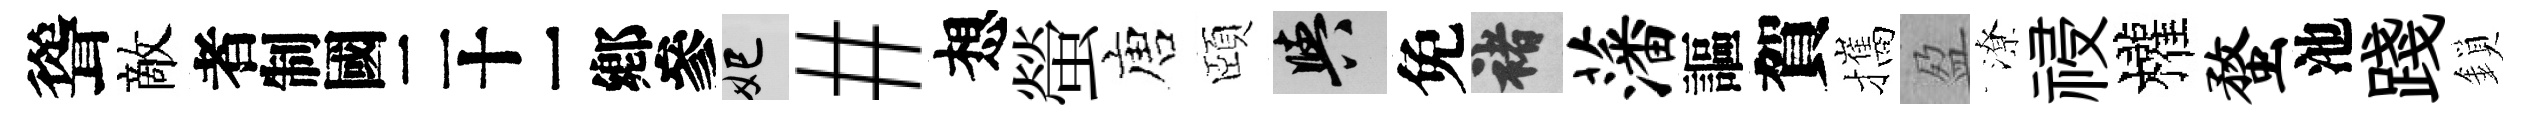
聳敵识妃#想螢唐頤阳免褚藩謳賀攜盈潦祲權蝥池踐鎖